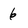
Character: 6